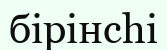
бірінсһі